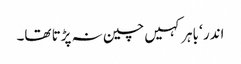
اندر ‘ باہر کہیں چین نہ پڑتا تھا۔